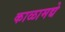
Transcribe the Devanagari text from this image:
काळामद्ये